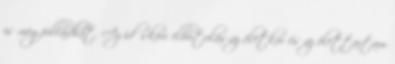
is megfulladhat. Az időskori elbutulás-az életkor és az élettartam